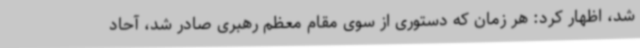
شد، اظهار کرد: هر زمان که دستوری از سوی مقام معظم رهبری صادر شد، آحاد